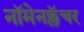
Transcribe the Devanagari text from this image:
नॉमेनक्लॅचर